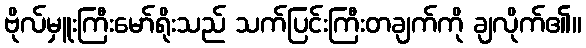
ဗိုလ်မှူးကြီးမော်ရိုးသည် သက်ပြင်းကြီးတချက်ကို ချလိုက်၏။